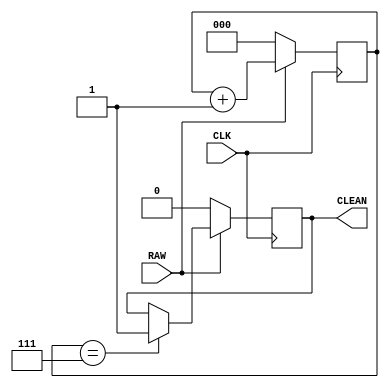
`timescale 1ns / 1ps
//////////////////////////////////////////////////////////////////////////////////
// Company: 
// Engineer: 
// 
// Design Name: 
// Module Name: lab9a
// Project Name: 
// Target Devices: 
// Tool Versions: 
// Description: 
// 
// Dependencies: 
// 
// Revision:
// Revision 0.01 - File Created
// Additional Comments:
// 
//////////////////////////////////////////////////////////////////////////////////


module lab9a (
    input RAW,   // Raw input from the switch
    input CLK,   // Clock signal
    output reg CLEAN // Debounced output
);

// Internal counter and Terminal Count (TC) signal
reg [2:0] counter; // 3-bit counter
wire TC;           // Terminal count signal

// Reset and increment counter
always @(posedge CLK) begin
    if (~RAW) begin
        counter <= 3'b000; // Reset counter if RAW is low
    end else begin
        counter <= counter + 3'b001; // Increment counter
    end
end

// Generate Terminal Count signal
assign TC = (counter == 3'b111);

// Change output signal when counter reaches max
always @(posedge CLK) begin
    if (~RAW) begin
        CLEAN <= 1'b0; // Set CLEAN low if RAW is low
    end else if (TC) begin
        CLEAN <= 1'b1; // Set CLEAN high if counter reaches max
    end
end

endmodule